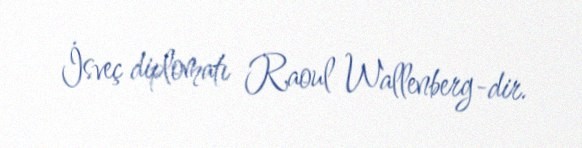
İsveç diplomatı Raoul Wallenberg-dir.